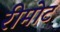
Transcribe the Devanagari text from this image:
रीमोट